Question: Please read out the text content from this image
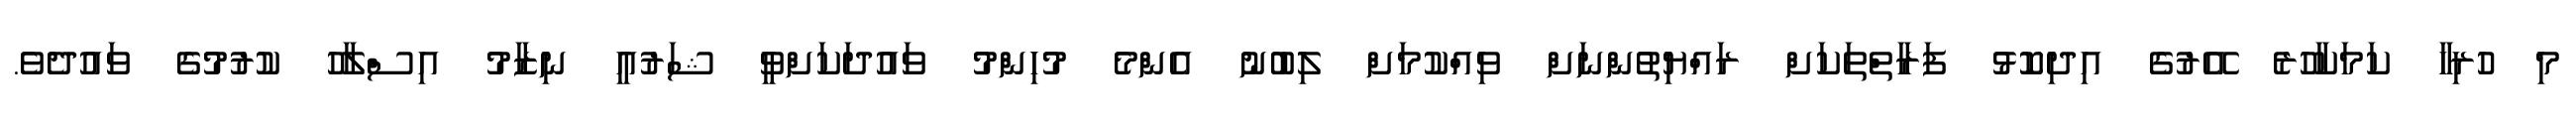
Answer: މި ހުރިހާ ކަމަކާހުރެ އޭރުގެ އިދިކޮޅު ފަރާތްތަކަށް ރައްޔިތުންނަށް ވިއްކުމަށް ލިބުނު އެންމެ މުހިންމު ވައުދަކަށްވީ ޝަރުއީ ނިޒާމު އިސްލާހު ކުރުމުގެ ވައުދެވެ.